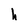
Character: h